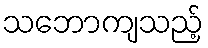
သဘောကျသည့်